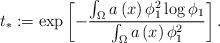
LaTeX: \begin{align*}t_{\ast}:=\exp\left[ -\frac{\int_{\Omega}a\left( x\right) \phi_{1}^{2}\log\phi_{1}}{\int_{\Omega}a\left( x\right) \phi_{1}^{2}}\right] .\end{align*}